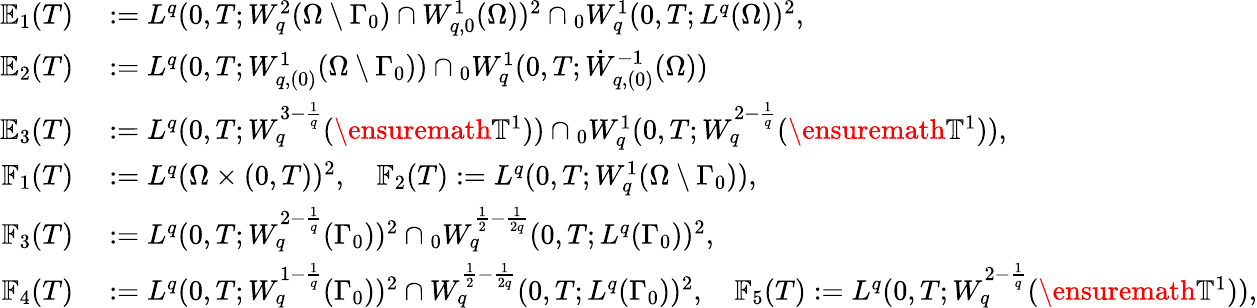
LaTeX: \begin{array}{rl}{\mathbb{E}_{1}(T)}&{{}:=L^{q}(0,T;W_{q}^{2}(\Omega\setminus\Gamma_{0})\cap W_{q,0}^{1}(\Omega))^{2}\cap{}_{0}W_{q}^{1}(0,T;L^{q}(\Omega))^{2},}\\ {\mathbb{E}_{2}(T)}&{{}:=L^{q}(0,T;W_{q,(0)}^{1}(\Omega\setminus\Gamma_{0}))\cap{}_{0}W_{q}^{1}(0,T;\dot{W}_{q,(0)}^{-1}(\Omega))}\\ {\mathbb{E}_{3}(T)}&{{}:=L^{q}(0,T;W_{q}^{3-\frac 1q}(\ensuremath{\mathbb{T}}^{1}))\cap{}_{0}W_{q}^{1}(0,T;W_{q}^{2-\frac 1q}(\ensuremath{\mathbb{T}}^{1})),}\\ {\mathbb{F}_{1}(T)}&{{}:=L^{q}(\Omega\times(0,T))^{2},\quad\mathbb{F}_{2}(T):=L^{q}(0,T;W_{q}^{1}(\Omega\setminus\Gamma_{0})),}\\ {\mathbb{F}_{3}(T)}&{{}:=L^{q}(0,T;W_{q}^{2-\frac 1q}(\Gamma_{0}))^{2}\cap{}_{0}W_{q}^{\frac 12-\frac 1{2q}}(0,T;L^{q}(\Gamma_{0}))^{2},\quad}\\ {\mathbb{F}_{4}(T)}&{{}:=L^{q}(0,T;W_{q}^{1-\frac 1q}(\Gamma_{0}))^{2}\cap W_{q}^{\frac 12-\frac 1{2q}}(0,T;L^{q}(\Gamma_{0}))^{2},\quad\mathbb{F}_{5}(T):=L^{q}(0,T;W_{q}^{2-\frac 1q}(\ensuremath{\mathbb{T}}^{1})),}\end{array}